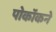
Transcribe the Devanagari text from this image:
पोकॉकने